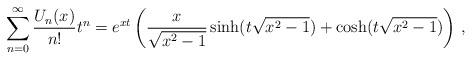
LaTeX: \begin{align*}\sum_{n=0}^\infty \frac{U_n(x)}{n!}t^n = e^{xt}\left(\frac{x}{\sqrt{x^2-1}}\sinh(t\sqrt{x^2-1})+\cosh(t\sqrt{x^2-1})\right) \, ,\end{align*}